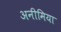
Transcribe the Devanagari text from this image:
अनीमिया